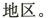
地区。